Annual administration report of the Civil Veterinary Department of India - 1893-1894
Year: 1893
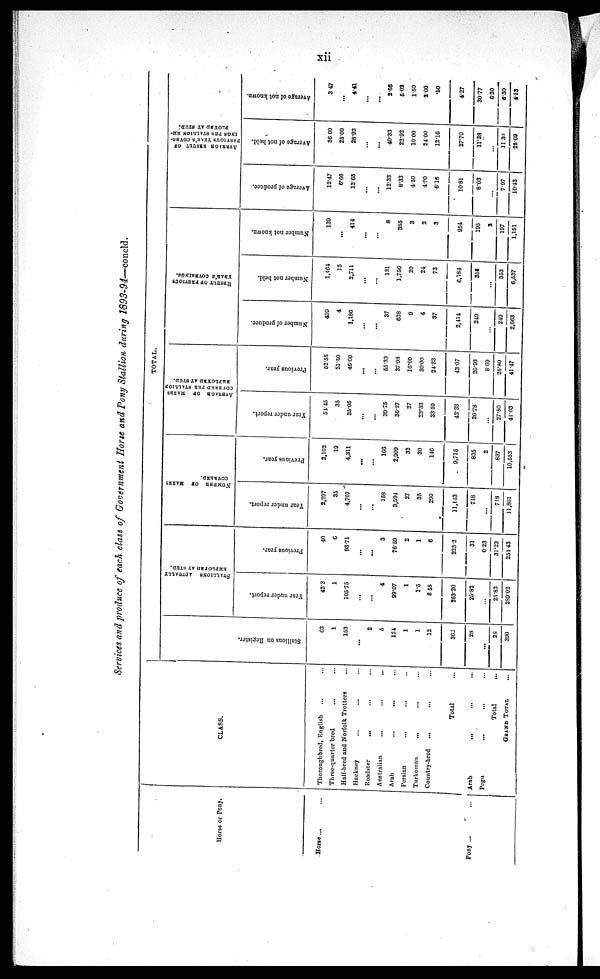
xii
Services and produce of each class of Government Horse and Pony Stallion during 1893-94—concld.
Horse or Pony.
Horse ... ...
Pony ...
...
CLASS.
Thoroughbred, English ... ...
Three-quarter bred ... ...
Half-bred and Norfolk Trotters ...
Hackney ... ... ...
Roadster ... ... ...
Australian
Arab
...
... ...
Persian ... ... ...
Turkoman ... ... ...
Country-bred ... ... ...
Total ...
Arab
...
...
...
Pegu ... ... ...
Total ...
GRAND TOTAL ...
TOTAL.
Stallions on Register.
63
1
153
...
2
5
124
1
1
12
362
28
...
28
390
STALLIONS ACTUALLY
EMPLOYED AT STUD.
Year under report.
42.3
1
105.75
...
...
4
99.07
1
1.5
8.58
263.20
25.82
...
25.82
289.02
Previous year.
40
6
93.71
...
...
3
76.59
2
1
6
223.2
31
0.23
31.23
251.43
NUMBER OF MARES
COVERED.
Tear under report.
2,297
35
4,707
...
...
158
3,594
27
35
290
11,143
718
...
718
11,861
Previous year.
2,102
19
4,311
...
...
166
2,909
32
30
116
9,715
835
2
837
10,552
AVERAGE OF
MARES
COVERED PER STALLION
EMPLOYED AT STUD.
Year under report.
54.45
35
35.05
...
...
39.75
36.27
27
23.33
33.59
42.33
20.78
...
27.80
41.03
Previous year.
52.55
31.50
46.00
...
...
55.33
37.98
16. 00
30.00
24.33
43.07
26.93
8.69
26.80
41.47
RESULT OF PREVIOUS
YEAR'S COVERINGS.
Number of produce.
499
4
1,186
...
...
37
638
9
4
37
2,414
249
...
219
2,663
Number not held.
1,464
15
2,711
...
...
121
1,756
20
24
73
6,184
353
...
353
6,537
Number not known.
139
...
414
...
...
8
385
3
2
3
954
195
2
197
1,151
PREVIOUS YEAR'S COVER-
INGS PER STALLION EM-
PLOYED AT STUD.
Average of produce.
12.47
6.66
12.65
...
...
12.33
8.33
4.50
4. 00
6.16
10.81
8.03
...
797
10.42
Average of not held.
36.60
25.00
28.93
...
...
40.33
22.92
10.00
24.00
12.16
27.70
11.38
...
11.30
25.69
Average of not known.
3.47
...
4.41
...
...
2.66
5.02
1.50
2.00
.50
4.27
3077
6.30
6.30
4.13